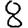
Digit: 8